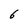
Character: 6